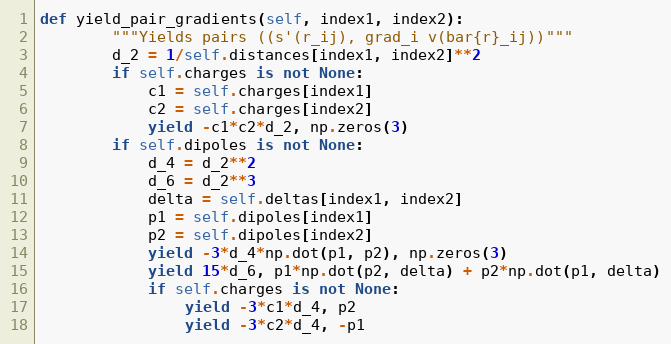
Language: Python
def yield_pair_gradients(self, index1, index2):
        """Yields pairs ((s'(r_ij), grad_i v(bar{r}_ij))"""
        d_2 = 1/self.distances[index1, index2]**2
        if self.charges is not None:
            c1 = self.charges[index1]
            c2 = self.charges[index2]
            yield -c1*c2*d_2, np.zeros(3)
        if self.dipoles is not None:
            d_4 = d_2**2
            d_6 = d_2**3
            delta = self.deltas[index1, index2]
            p1 = self.dipoles[index1]
            p2 = self.dipoles[index2]
            yield -3*d_4*np.dot(p1, p2), np.zeros(3)
            yield 15*d_6, p1*np.dot(p2, delta) + p2*np.dot(p1, delta)
            if self.charges is not None:
                yield -3*c1*d_4, p2
                yield -3*c2*d_4, -p1